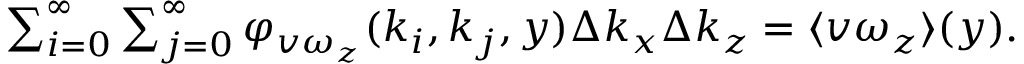
\begin{array} { r } { \sum _ { i = 0 } ^ { \infty } \sum _ { j = 0 } ^ { \infty } \varphi _ { v \omega _ { z } } ( k _ { i } , k _ { j } , y ) \Delta k _ { x } \Delta k _ { z } = \langle v \omega _ { z } \rangle ( y ) . } \end{array}